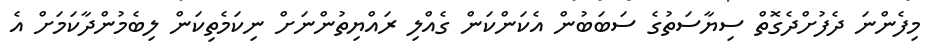
މިފެންނަ ދެފުށްދެގޮތް ސިޔާސަތުގެ ސަބަބުން އެކަންކަން ގެއްލި ރައްޔިތުންނަށް ނިކަމެތިކަން ލިބެމުންދާކަމަށް އެ